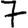
Digit: 7